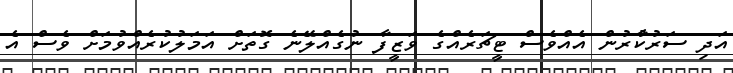
އަދި ސަރުކާުރުން އެއްވެސް ޓީޗަރެއްގެ ވަޒީފާ ނުގެއްލޭނެ ގޮތަށް އަމަލުކުރެއްވުމަށް ވެސް އެ